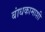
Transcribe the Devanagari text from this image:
बांधकामाशी